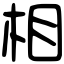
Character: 相